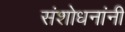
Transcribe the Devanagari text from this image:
संशोधनांनी